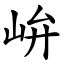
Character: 峅